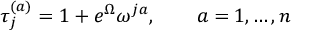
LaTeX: \tau _ { j } ^ { ( a ) } = 1 + e ^ { \Omega } \omega ^ { j a } , ~ ~ ~ ~ ~ ~ a = 1 , \dots , n